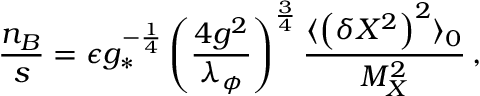
\frac { n _ { B } } { s } = \epsilon g _ { * } ^ { - \frac { 1 } { 4 } } \left( \frac { 4 g ^ { 2 } } { \lambda _ { \phi } } \right) ^ { \frac { 3 } { 4 } } \frac { \langle \left( \delta X ^ { 2 } \right) ^ { 2 } \rangle _ { 0 } } { M _ { X } ^ { 2 } } \, ,